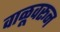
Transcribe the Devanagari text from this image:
वाळूवरून